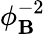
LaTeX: \phi_{\mathbf{B}}^{-2}